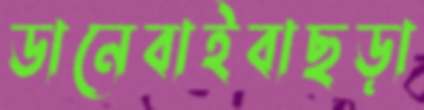
ডানেবাইবাছড়া